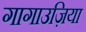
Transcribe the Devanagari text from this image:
गागाउज़िया